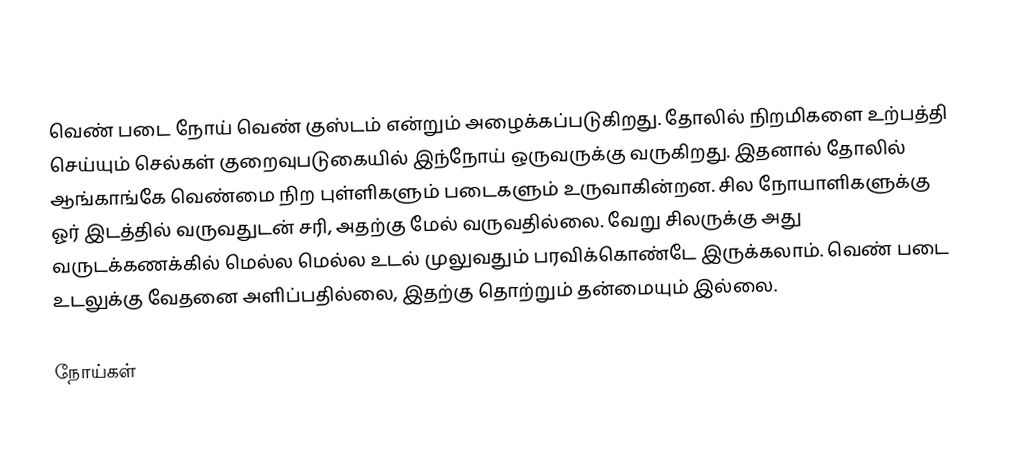
வெண் படை நோய் வெண் குஸ்டம் என்றும் அழைக்கப்படுகிறது.  தோலில் நிறமிகளை உற்பத்தி செய்யும் செல்கள் குறைவுபடுகையில் இந்நோய் ஒருவருக்கு வருகிறது. இதனால் தோலில் ஆங்காங்கே வெண்மை நிற புள்ளிகளும் படைகளும் உருவாகின்றன. சில நோயாளிகளுக்கு ஓர் இடத்தில் வருவதுடன் சரி, அதற்கு மேல் வருவதில்லை. வேறு சிலருக்கு அது வருடக்கணக்கில் மெல்ல மெல்ல உடல் முலுவதும் பரவிக்கொண்டே இருக்கலாம். வெண் படை உடலுக்கு வேதனை அளிப்பதில்லை, இதற்கு தொற்றும் தன்மையும் இல்லை.

நோய்கள்